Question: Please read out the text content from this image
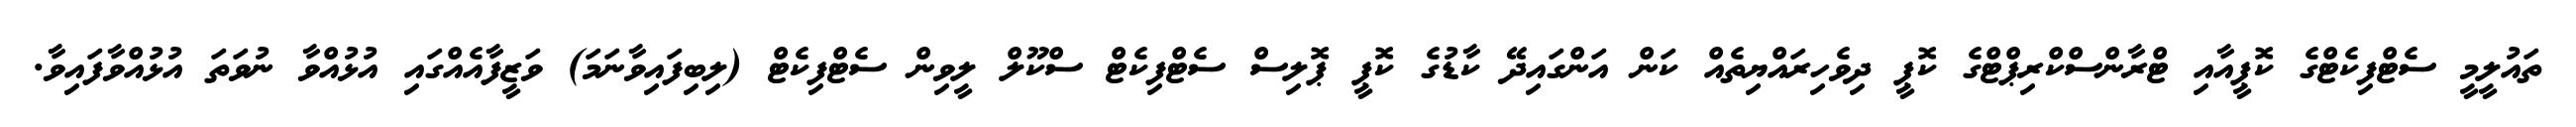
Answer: ތައުލީމީ ސެޓްފިކެޓްގެ ކޮޕީއާއި ޓްރާންސްކްރިޕްޓްގެ ކޮޕީ ދިވެހިރައްޔިތެއް ކަން އަންގައިދޭ ކާޑުގެ ކޮޕީ ޕޮލިސް ސެޓްފިކެޓް ސްކޫލް ލީވިން ސެޓްފިކެޓް (ލިބިފައިވާނަމަ) ވަޒީފާއެއްގައި އުޅުއްވާ ނުވަތަ އުޅުއްވާފައިވާ.